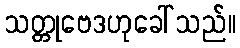
သတ္တုဗေဒဟုခေါ်သည်။